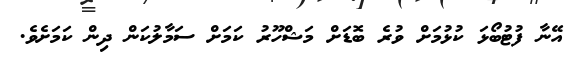
އޭނާ ފުޓުބޯޅަ ކުޅުމަށް ވުރެ ބޮޑަށް މަޝްހޫރު ކަމަށް ސަމާލުކަން ދިން ކަމަށެވެ.